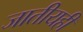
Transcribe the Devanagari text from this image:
जातीयही